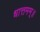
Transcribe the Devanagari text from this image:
धात्तमम्‌॥